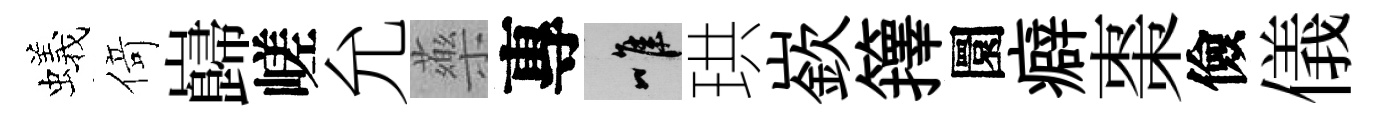
蟻𠋣巋嵯允藥專唯珙嶔籜圜癖棗儉儀